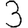
Digit: 3